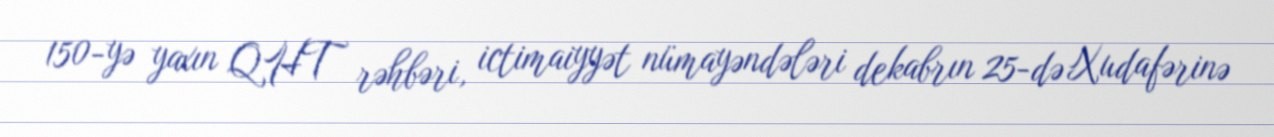
150-yə yaxın QHT rəhbəri, ictimaiyyət nümayəndələri dekabrın 25-də Xudafərinə